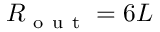
R _ { \mathrm { ~ o ~ u ~ t ~ } } = 6 L